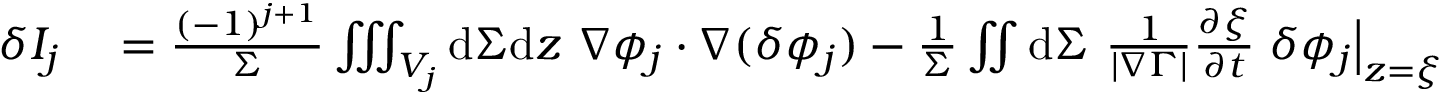
\begin{array} { r l } { \delta I _ { j } } & { { } = \frac { ( - 1 ) ^ { j + 1 } } { \Sigma } \iiint _ { V _ { j } } \mathrm { d } \Sigma \mathrm { d } z ~ \nabla \phi _ { j } \cdot \nabla ( \delta \phi _ { j } ) - \frac { 1 } { \Sigma } \iint \mathrm { d } \Sigma ~ \frac { 1 } { | \nabla \Gamma | } \frac { \partial \xi } { \partial t } \left. \delta \phi _ { j } \right| _ { z = \xi } } \end{array}